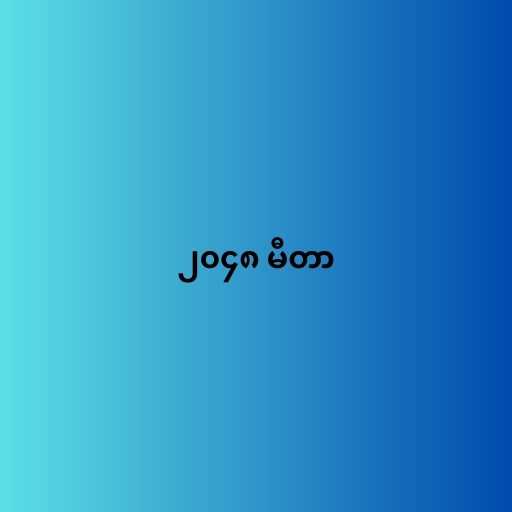
၂၀၄၈ မီတာ